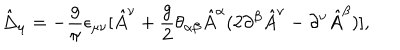
\hat { \Delta } _ { \mu } = - { \frac { g } { \pi } } \epsilon _ { \mu \nu } [ \hat { A } ^ { \nu } + { \frac { g } { 2 } } \theta _ { \alpha \beta } \hat { A } ^ { \alpha } ( 2 \partial ^ { \beta } \hat { A } ^ { \nu } - \partial ^ { \nu } \hat { A } ^ { \beta } ) ] ,